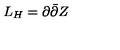
L _ { H } = \partial \bar { \partial } Z